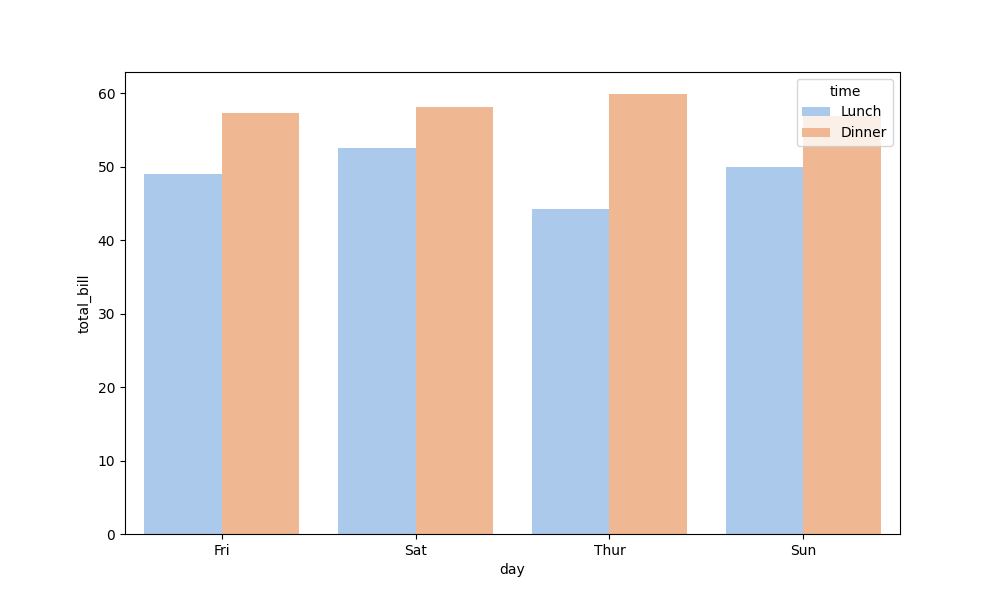
python, seaborn, barplot, hue='time', palette='pastel', ci=None, orient='v'